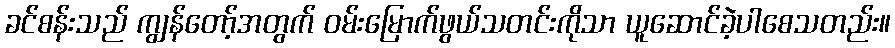
ခင်စန်းသည် ကျွန်တော့်အတွက် ဝမ်းမြောက်ဖွယ်သတင်းကိုသာ ယူဆောင်ခဲ့ပါစေသတည်း။